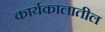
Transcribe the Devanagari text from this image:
कार्यकालातील